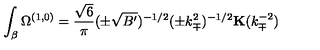
\int _ { \beta } \Omega ^ { ( 1 , 0 ) } = \frac { \sqrt { 6 } } { \pi } ( \pm \sqrt { B ^ { \prime } } ) ^ { - 1 / 2 } ( \pm k _ { \mp } ^ { 2 } ) ^ { - 1 / 2 } { \bf K } ( k _ { \mp } ^ { - 2 } )